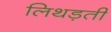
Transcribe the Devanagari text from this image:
लिथड़ती